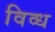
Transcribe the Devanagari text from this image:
विव्ध